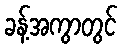
ခန့်အကွာတွင်